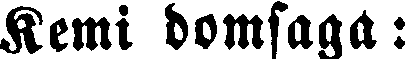
Kemi domsaga: